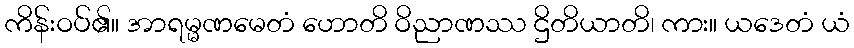
ကိန်းဝပ်၏။ အာရမ္မဏမေတံ ဟောတိ ဝိညာဏဿ ဌိတိယာတိ၊ ကား။ ယဒေတံ ယံ